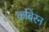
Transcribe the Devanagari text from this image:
कबिरन